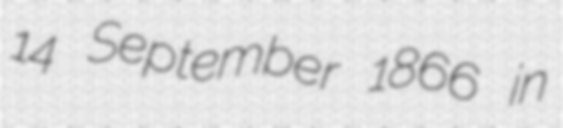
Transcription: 14 September 1866 in